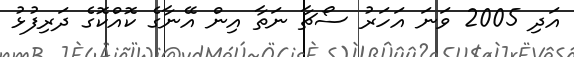
އަދި 2005 ވަނަ އަހަރު ސޯޗާ ނަތާ އިން އޭނާގެ ކޮއްކޮގެ ދަރިފުޅު